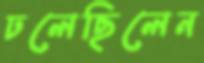
ঢলেছিলেন